Lunatic asylums Madras 1877-1891 - 1877-1891
Year: 1877
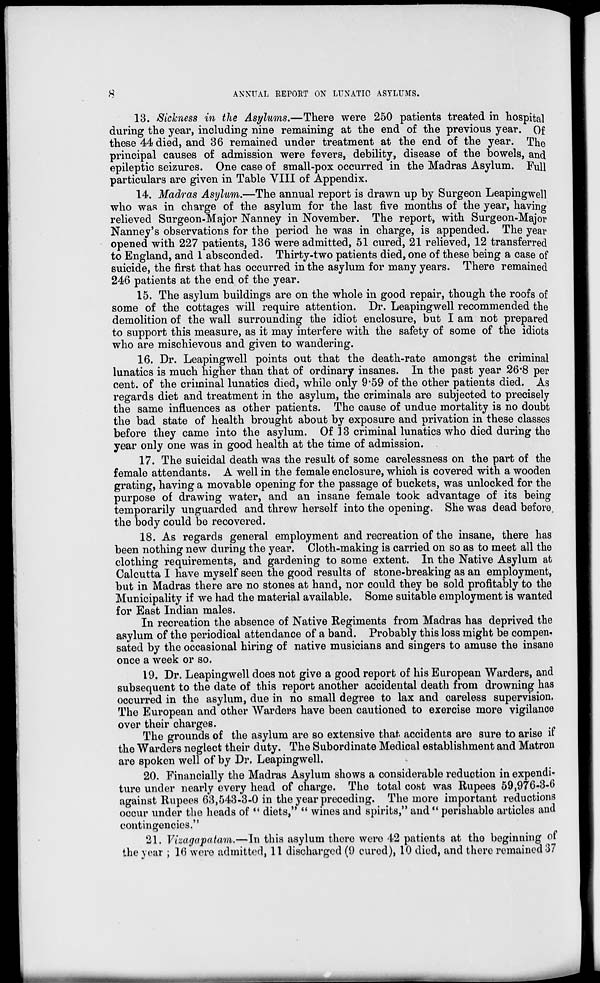
8
ANNUAL REPORT ON LUNATIC ASYLUMS.
13. Sickness in the Asylums.—There were 250 patients treated in hospital
during the year, including nine remaining at the end of the previous year. Of
these 44 died, and 36 remained under treatment at the end of the year. The
principal causes of admission were fevers, debility, disease of the bowels, and
epileptic seizures. One case of small-pox occurred in the Madras Asylum. Full
particulars are given in Table VIII of Appendix.
14. Madras Asylum.—The annual report is drawn up by Surgeon Leapingwell
who was in charge of the asylum for the last five months of the year, having
relieved Surgeon-Major Nanney in November. The report, with Surgeon-Major
Nanney's observations for the period he was in charge, is appended. The year
opened with 227 patients, 136 were admitted, 51 cured, 21 relieved, 12 transferred
to England, and 1 absconded. Thirty-two patients died, one of these being a case of
suicide, the first that has occurred in the asylum for many years. There remained
246 patients at the end of the year.
15. The asylum buildings are on the whole in good repair, though the roofs of
some of the cottages will require attention. Dr. Leapingwell recommended the
demolition of the wall surrounding the idiot enclosure, but I am not prepared
to support this measure, as it may interfere with the safety of some of the idiots
who are mischievous and given to wandering.
16. Dr. Leapingwell points out that the death-rate amongst the criminal
lunatics is much higher than that of ordinary insanes. In the past year 26.8 per
cent. of the criminal lunatics died, while only 9.59 of the other patients died. As
regards diet and treatment in the asylum, the criminals are subjected to precisely
the same influences as other patients. The cause of undue mortality is no doubt
the bad state of health brought about by exposure and privation in these classes
before they came into the asylum. Of 13 criminal lunatics who died during the
year only one was in good health at the time of admission.
17. The suicidal death was the result of some carelessness on the part of the
female attendants. A well in the female enclosure, which is covered with a wooden
grating, having a movable opening for the passage of buckets, was unlocked for the
purpose of drawing water, and an insane female took advantage of its being
temporarily unguarded and threw herself into the opening. She was dead before
the body could be recovered.
18. As regards general employment and recreation of the insane, there has
been nothing new during the year. Cloth-making is carried on so as to meet all the
clothing requirements, and gardening to some extent. In the Native Asylum at
Calcutta I have myself seen the good results of stone-breaking as an employment,
but in Madras there are no stones at hand, nor could they be sold profitably to the
Municipality if we had the material available. Some suitable employment is wanted
for East Indian males.
In recreation the absence of Native Regiments from Madras has deprived the
asylum of the periodical attendance of a band. Probably this loss might be compen-
sated by the occasional hiring of native musicians and singers to amuse the insane
once a week or so.
19. Dr. Leapingwell does not give a good report of his European Warders, and
subsequent to the date of this report another accidental death from drowning has
occurred in the asylum, due in no small degree to lax and careless supervision.
The European and other Warders have been cautioned to exercise more vigilance
over their charges.
The grounds of the asylum are so extensive that accidents are sure to arise if
the Warders neglect their duty. The Subordinate Medical establishment and Matron
are spoken well of by Dr. Leapingwell,
20. Financially the Madras Asylum shows a considerable reduction in expendi-
ture under nearly every head of charge. The total cost was Rupees 59,976-3-6
against Rupees 63,543-3-0 in the year preceding. The more important reductions
occur under the heads of " diets," " wines and spirits," and " perishable articles and
contingencies.''
21. Vizagapatam.—In this asylum there were 42 patients at the beginning of
the year ; 16 were admitted, 11 discharged (9 cured), 10 died, and there remained 37